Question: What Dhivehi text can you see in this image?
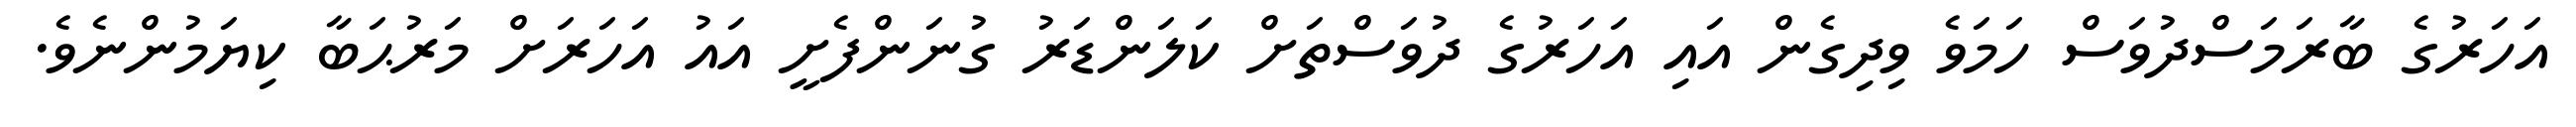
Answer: އަހަރުގެ ބާރަމަސްދުވަސް ހަމަވެ ވިދިގެން އައި އަހަރުގެ ދުވަސްތަށް ކަލަންޑަރު ގުނަންފެށީ އައު އަހަރަށް މަރުޙަބާ ކިޔަމުންނެވެ.